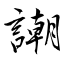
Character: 謿